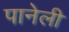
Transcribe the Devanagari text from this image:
पानेली